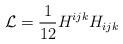
LaTeX: \begin{align*}{\cal L} = {\frac{1}{12}}{H^{ijk}H_{ijk}}\end{align*}